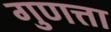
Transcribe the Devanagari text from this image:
गुणत्ता